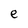
Character: e